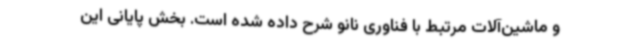
و ماشین‌آلات مرتبط با فناوری نانو شرح داده شده است. بخش پایانی این